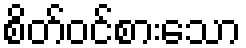
စိတ်ဝင်စားသော